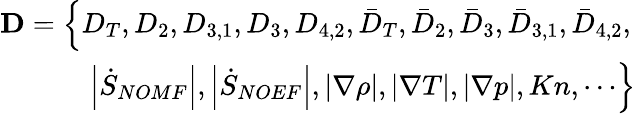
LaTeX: \begin{array}{r}{\mathbf{D}=\left\{ {D}_{T},{D}_{2},{D}_{3,1},{D}_{3},{D}_{4,2},{{\bar{D}}_{T}},{{\bar{D}}_{2}},{{\bar{D}}_{3}},{{\bar{D}}_{3,1}},{{\bar{D}}_{4,2}},\right.}\\ {\left.\left|{\dot{S}_{NOMF}}\right|,\left|{\dot{S}_{NOEF}}\right|,\left|{\nabla\rho}\right|,\left|\nabla T\right|,\left|\nabla p\right|,Kn,\cdots\right\} }\end{array}